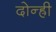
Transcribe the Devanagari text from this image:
दोन्ह्री